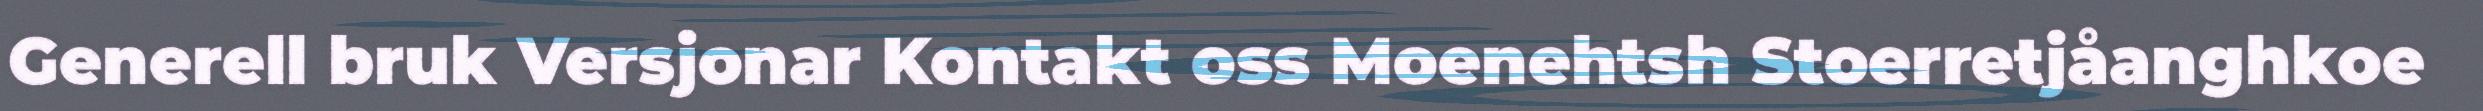
Generell bruk Versjonar Kontakt oss Moenehtsh Stoerretjåanghkoe